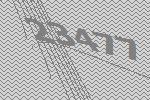
23477